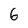
Character: 6